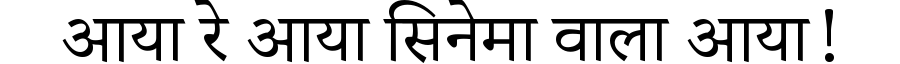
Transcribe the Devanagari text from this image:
आया रे आया सिनेमा वाला आया!